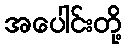
အပေါင်းတို့